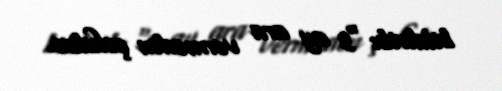
bildirib: "3 ay ara vermədən çəkdim.